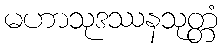
မဟာသုဒဿနသုတ္တံ